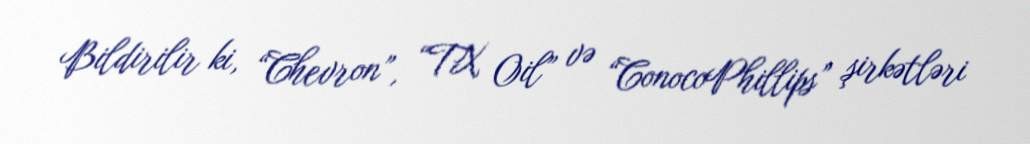
Bildirilir ki, “Chevron”, “TX Oil” və “ConocoPhillips” şirkətləri